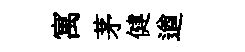
寓茅健遒